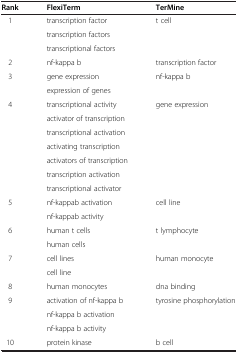
<table><thead><tr><td><b>Rank</b></td><td><b>FlexiTerm</b></td><td><b>TerMine</b></td></tr></thead><tbody><tr><td rowspan="3">1</td><td>transcription factor</td><td rowspan="3">t cell</td></tr><tr><td>transcription factors</td></tr><tr><td>transcriptional factors</td></tr><tr><td>2</td><td>nf-kappa b</td><td>transcription factor</td></tr><tr><td rowspan="2">3</td><td>gene expression</td><td rowspan="2">nf-kappa b</td></tr><tr><td>expression of genes</td></tr><tr><td rowspan="7">4</td><td>transcriptional activity</td><td rowspan="7">gene expression</td></tr><tr><td>activator of transcription</td></tr><tr><td>transcriptional activation</td></tr><tr><td>activating transcription</td></tr><tr><td>activators of transcription</td></tr><tr><td>transcription activation</td></tr><tr><td>transcriptional activator</td></tr><tr><td rowspan="2">5</td><td>nf-kappab activation</td><td rowspan="2">cell line</td></tr><tr><td>nf-kappab activity</td></tr><tr><td rowspan="2">6</td><td>human t cells</td><td rowspan="2">t lymphocyte</td></tr><tr><td>human cells</td></tr><tr><td rowspan="2">7</td><td>cell lines</td><td rowspan="2">human monocyte</td></tr><tr><td>cell line</td></tr><tr><td>8</td><td>human monocytes</td><td>dna binding</td></tr><tr><td rowspan="3">9</td><td>activation of nf-kappa b</td><td rowspan="3">tyrosine phosphorylation</td></tr><tr><td>nf-kappa b activation</td></tr><tr><td>nf-kappa b activity</td></tr><tr><td>10</td><td>protein kinase</td><td>b cell</td></tr></tbody></table>